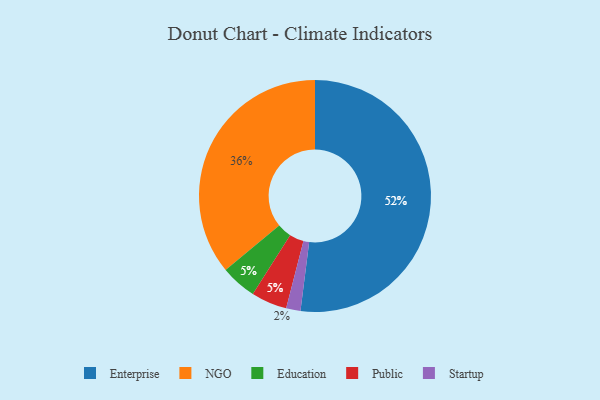
{"axis": {"x": "Category", "y": "Percentage"}, "legend": ["Education", "Enterprise", "NGO", "Public", "Startup"], "data": [{"x": "Startup", "y": 2, "type": "Startup"}, {"x": "Enterprise", "y": 52, "type": "Enterprise"}, {"x": "Education", "y": 5, "type": "Education"}, {"x": "NGO", "y": 36, "type": "NGO"}, {"x": "Public", "y": 5, "type": "Public"}]}